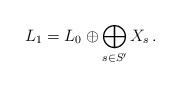
LaTeX: \begin{align*}L_1=L_0\oplus \bigoplus_{s\in S'} X_s\,.\end{align*}